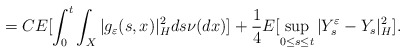
\begin{align*}=CE[\int_0^t\int_X |g_{\varepsilon}(s,x)|_H^2ds \nu (dx)]+{1\over4}E[\sup_{0\leq s\leq t}|Y_{s}^{\varepsilon}-Y_{s}|_H^2].\end{align*}